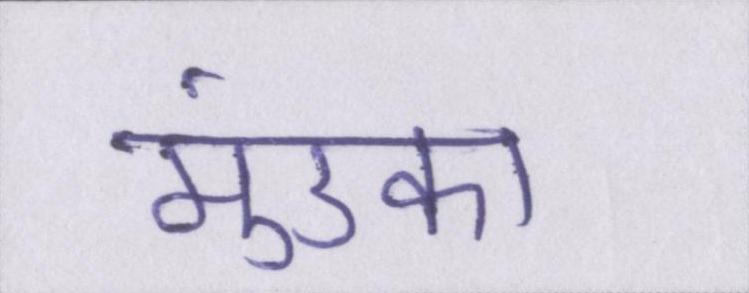
मुंडका